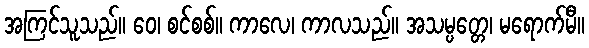
အကြင်သူသည်။ ဝေ၊ စင်စစ်။ ကာလေ၊ ကာလသည်။ အသမ္ပတ္တေ၊ မရောက်မီ။